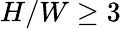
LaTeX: H/W\geq 3